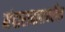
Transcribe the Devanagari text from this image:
मंदाराचलावरील